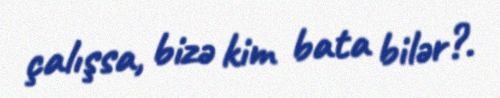
çalışsa, bizə kim bata bilər?.